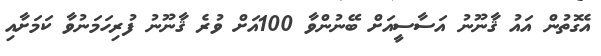
އެގޮތުން އައު ޤާނޫނު އަސާސީއަށް ބޭނުންވާ 100އަށް ވުރެ ޤާނޫނު ފުރިހަމަނުވާ ކަމަށާއި